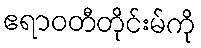
ဧရာဝတီတိုင်းမ်ကို